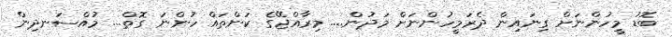
ބޮޑު މީހުންނަށް ގިނައިން ދެރަމީހުންނަށް މަދުން.... މިރާއްޖޭގެ ކަންތައް ހުންނަ ގޮތް... މުއްސަނދިން